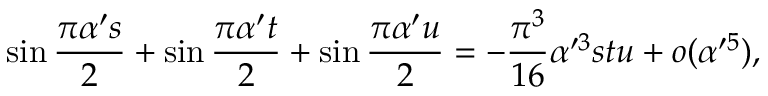
\sin { \frac { \pi \alpha ^ { \prime } s } { 2 } } + \sin { \frac { \pi \alpha ^ { \prime } t } { 2 } } + \sin { \frac { \pi \alpha ^ { \prime } u } { 2 } } = - { \frac { \pi ^ { 3 } } { 1 6 } } \alpha ^ { \prime 3 } s t u + o ( \alpha ^ { \prime 5 } ) ,